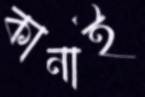
কানাই